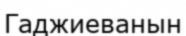
Гаджиеванын